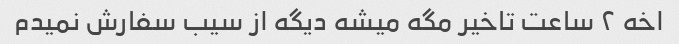
اخه ۲ ساعت تاخیر مگه میشه دیگه از سیب سفارش نمیدم